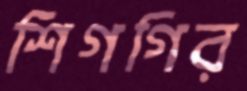
শিগগির